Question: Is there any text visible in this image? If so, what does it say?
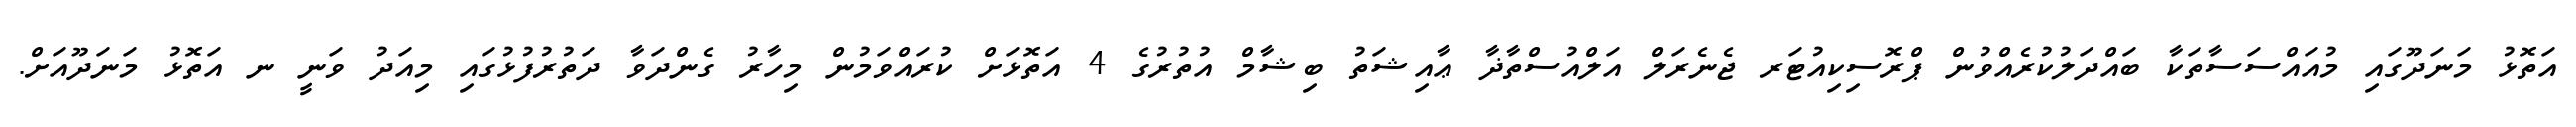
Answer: އަތޮޅު މަނަދޫގައި މުއައްސަސާތަކާ ބައްދަލުކުރެއްވުން ޕްރޮސިކިއުޓަރ ޖެނެރަލް އަލްއުސްތާޛާ ޢާއިޝަތު ބިޝާމް އުތުރުގެ 4 އަތޮޅަށް ކުރައްވަމުން މިހާރު ގެންދަވާ ދަތުރުފުޅުގައި މިއަދު ވަނީ ނ އަތޮޅު މަނަދޫއަށް.